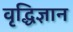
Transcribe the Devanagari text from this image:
वृद्धिज्ञान